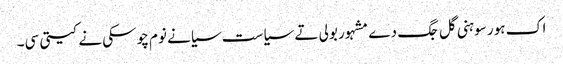
اک ہور سوہنی گل جگ دے مشہور بولی تے سیاست سیانے نوم چوسکی نے کیتی سی۔